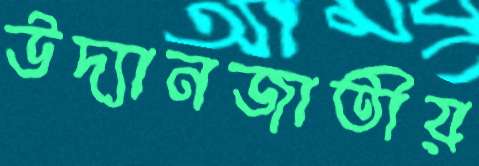
উদ্যানজাতীয়